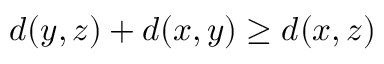
d ( y , z ) + d ( x , y ) \geq d ( x , z )